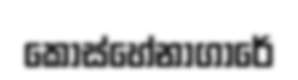
කොස්හේනාගාරේ